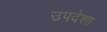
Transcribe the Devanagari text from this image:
उपदेशा